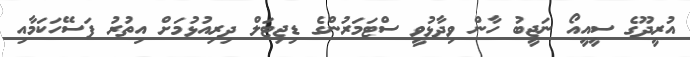
އުރީދޫގެ ސީއީއޯ ނަޖީބު ހާން ވިދާޅުވީ ސްޓަމަރުންގެ ޑިޖިޓަލް ދިރިއުޅުމަށް އިތުރު ފަސޭހަކަމާއި